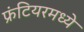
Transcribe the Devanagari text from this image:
फ्रंटियरमध्ये